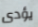
يؤدى